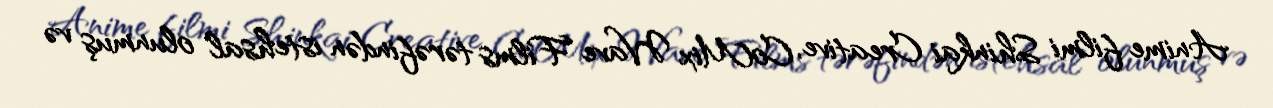
Anime filmi Shinkai Creative, CoMix Wave Films tərəfindən istehsal olunmuş və